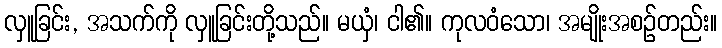
လှူခြင်း, အသက်ကို လှူခြင်းတို့သည်။ မယှံ၊ ငါ၏။ ကုလဝံသော၊ အမျိုးအစဉ်တည်း။